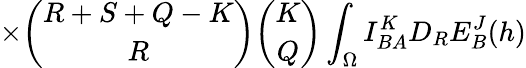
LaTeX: \times{\binom{R+S+Q-K}{R}}{\binom{K}{Q}}\int_{\Omega}I_{BA}^{K}D_{R}E_{B}^{J}(h)